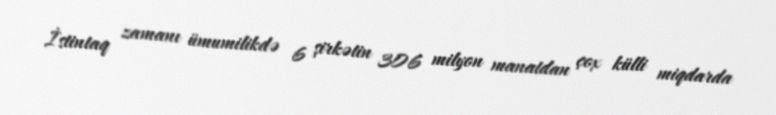
İstintaq zamanı ümumilikdə 6 şirkətin 306 milyon manatdan çox külli miqdarda